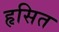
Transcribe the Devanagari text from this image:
हृसित